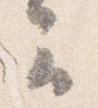
云